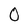
Character: O